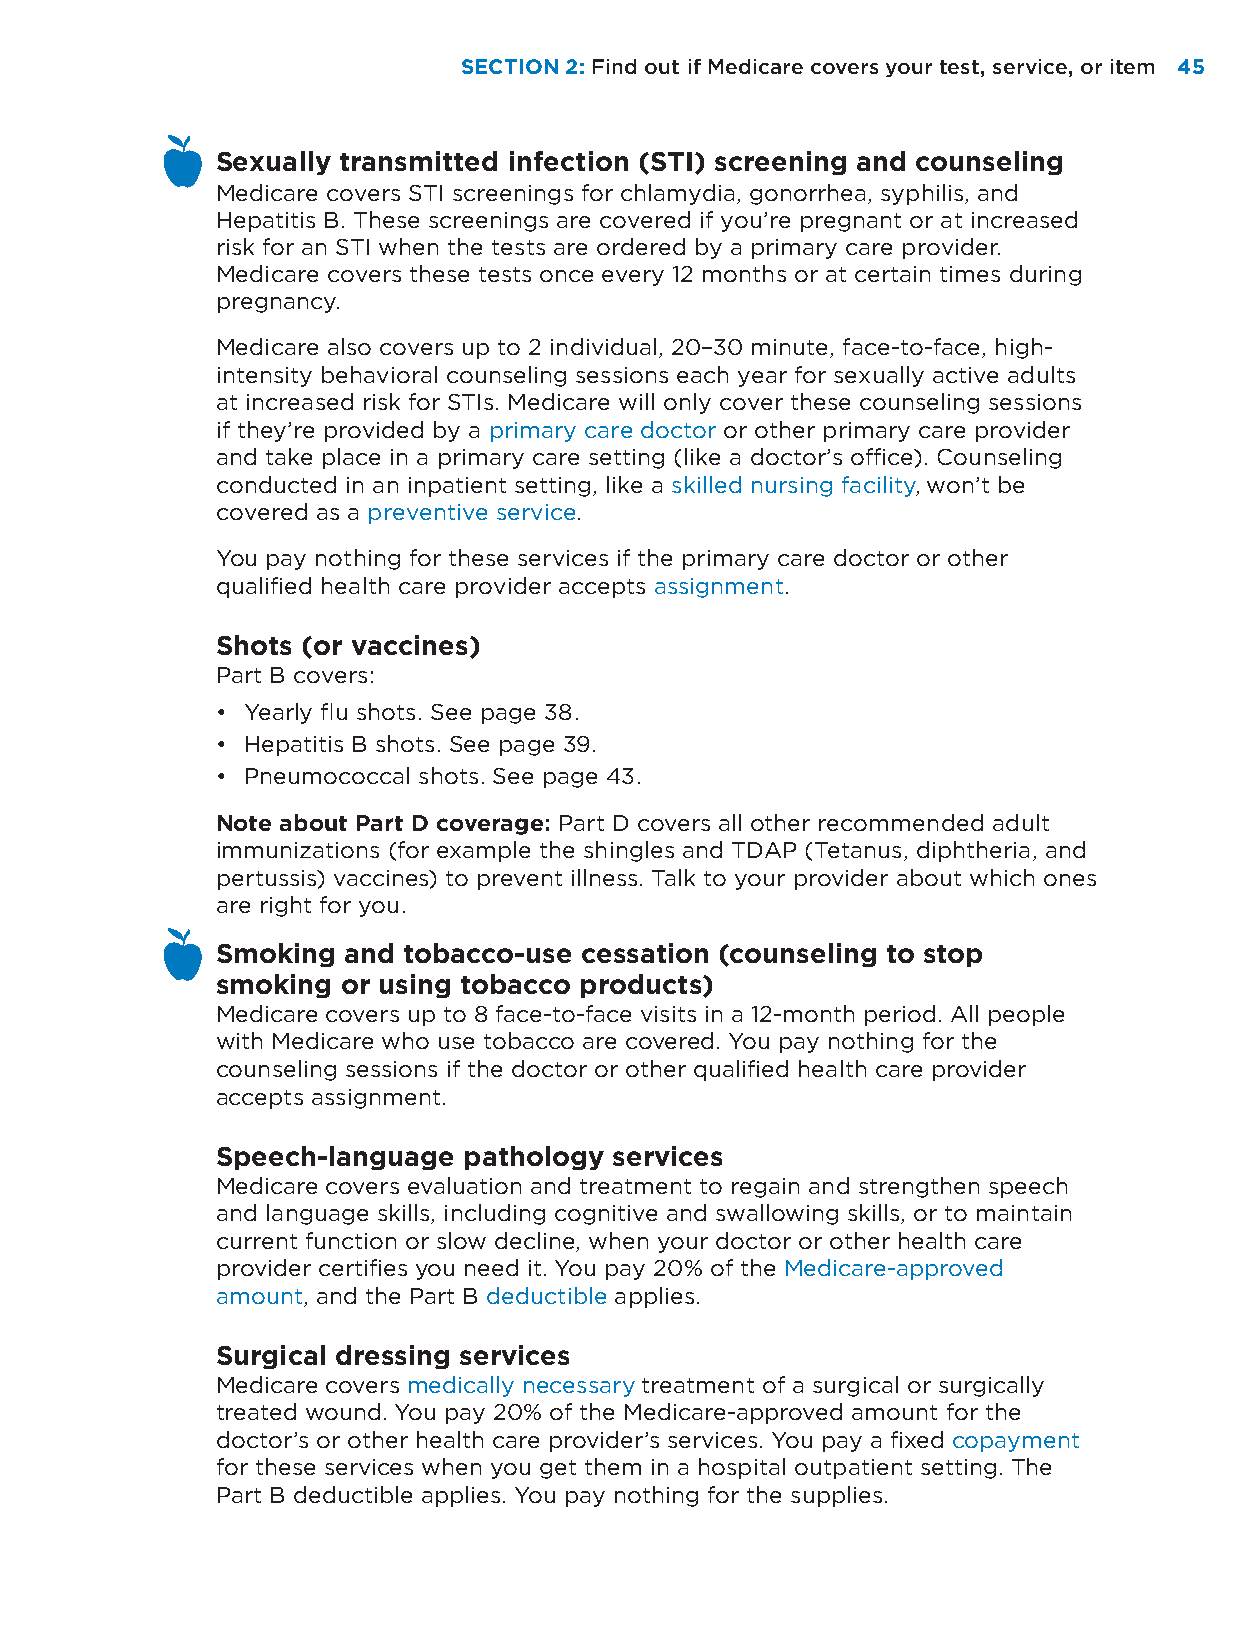
SECTION 2: Find out if Medicare covers your test, service, or item 4455
 Sexually transmitted infection (STI) screening and counseling
 Medicare covers STI screenings for chlamydia, gonorrhea, syphilis, and
 Hepatitis B. These screenings are covered if you’re pregnant or at increased
 risk for an STI when the tests are ordered by a primary care provider.
 Medicare covers these tests once every 12 months or at certain times during
 pregnancy.
 Medicare also covers up to 2 individual, 20–30 minute, face-to-face, high-
 intensity behavioral counseling sessions each year for sexually active adults
 at increased risk for STIs. Medicare will only cover these counseling sessions
 if they’re provided by a primary care doctor or other primary care provider
 and take place in a primary care setting (like a doctor’s office). Counseling
 conducted in an inpatient setting, like a skilled nursing facility, won’t be
 covered as a preventive service.
 You pay nothing for these services if the primary care doctor or other
 qualified health care provider accepts assignment.
 Shots (or vaccines)
 Part B covers:
 • Yearly flu shots. See page 38.
 • Hepatitis B shots. See page 39.
 • Pneumococcal shots. See page 43.
 Note about Part D coverage: Part D covers all other recommended adult
 immunizations (for example the shingles and TDAP (Tetanus, diphtheria, and
 pertussis) vaccines) to prevent illness. Talk to your provider about which ones
 are right for you.
 Smoking  and tobacco-use cessation (counseling to stop
 smoking  or using tobacco products)
 Medicare covers up to 8 face-to-face visits in a 12-month period. All people
 with Medicare who use tobacco are covered. You pay nothing for the
 counseling sessions if the doctor or other qualified health care provider
 accepts assignment.
 Speech-language  pathology services
 Medicare covers evaluation and treatment to regain and strengthen speech
 and language skills, including cognitive and swallowing skills, or to maintain
 current function or slow decline, when your doctor or other health care
 provider certifies you need it. You pay 20% of the Medicare-approved
 amount, and the Part B deductible applies.
 Surgical dressing services
 Medicare covers medically necessary treatment of a surgical or surgically
 treated wound. You pay 20% of the Medicare-approved amount for the
 doctor’s or other health care provider’s services. You pay a fixed copayment
 for these services when you get them in a hospital outpatient setting. The
 Part B deductible applies. You pay nothing for the supplies.